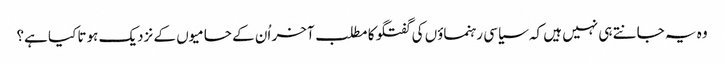
وہ یہ جانتے ہی نہیں ہیں کہ سیاسی رہنماؤں کی گفتگو کا مطلب آخر اُن کے حامیوں کے نزدیک ہوتا کیا ہے؟